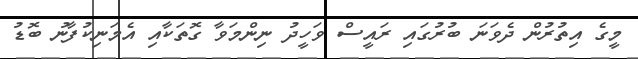
މީގެ އިތުރުން ދެވަނަ ބުރުގައި ރައީސް ވަހީދު ނިންމަވާ ގޮތަކާއި އެމަނިކުފާނު ބޮޑު